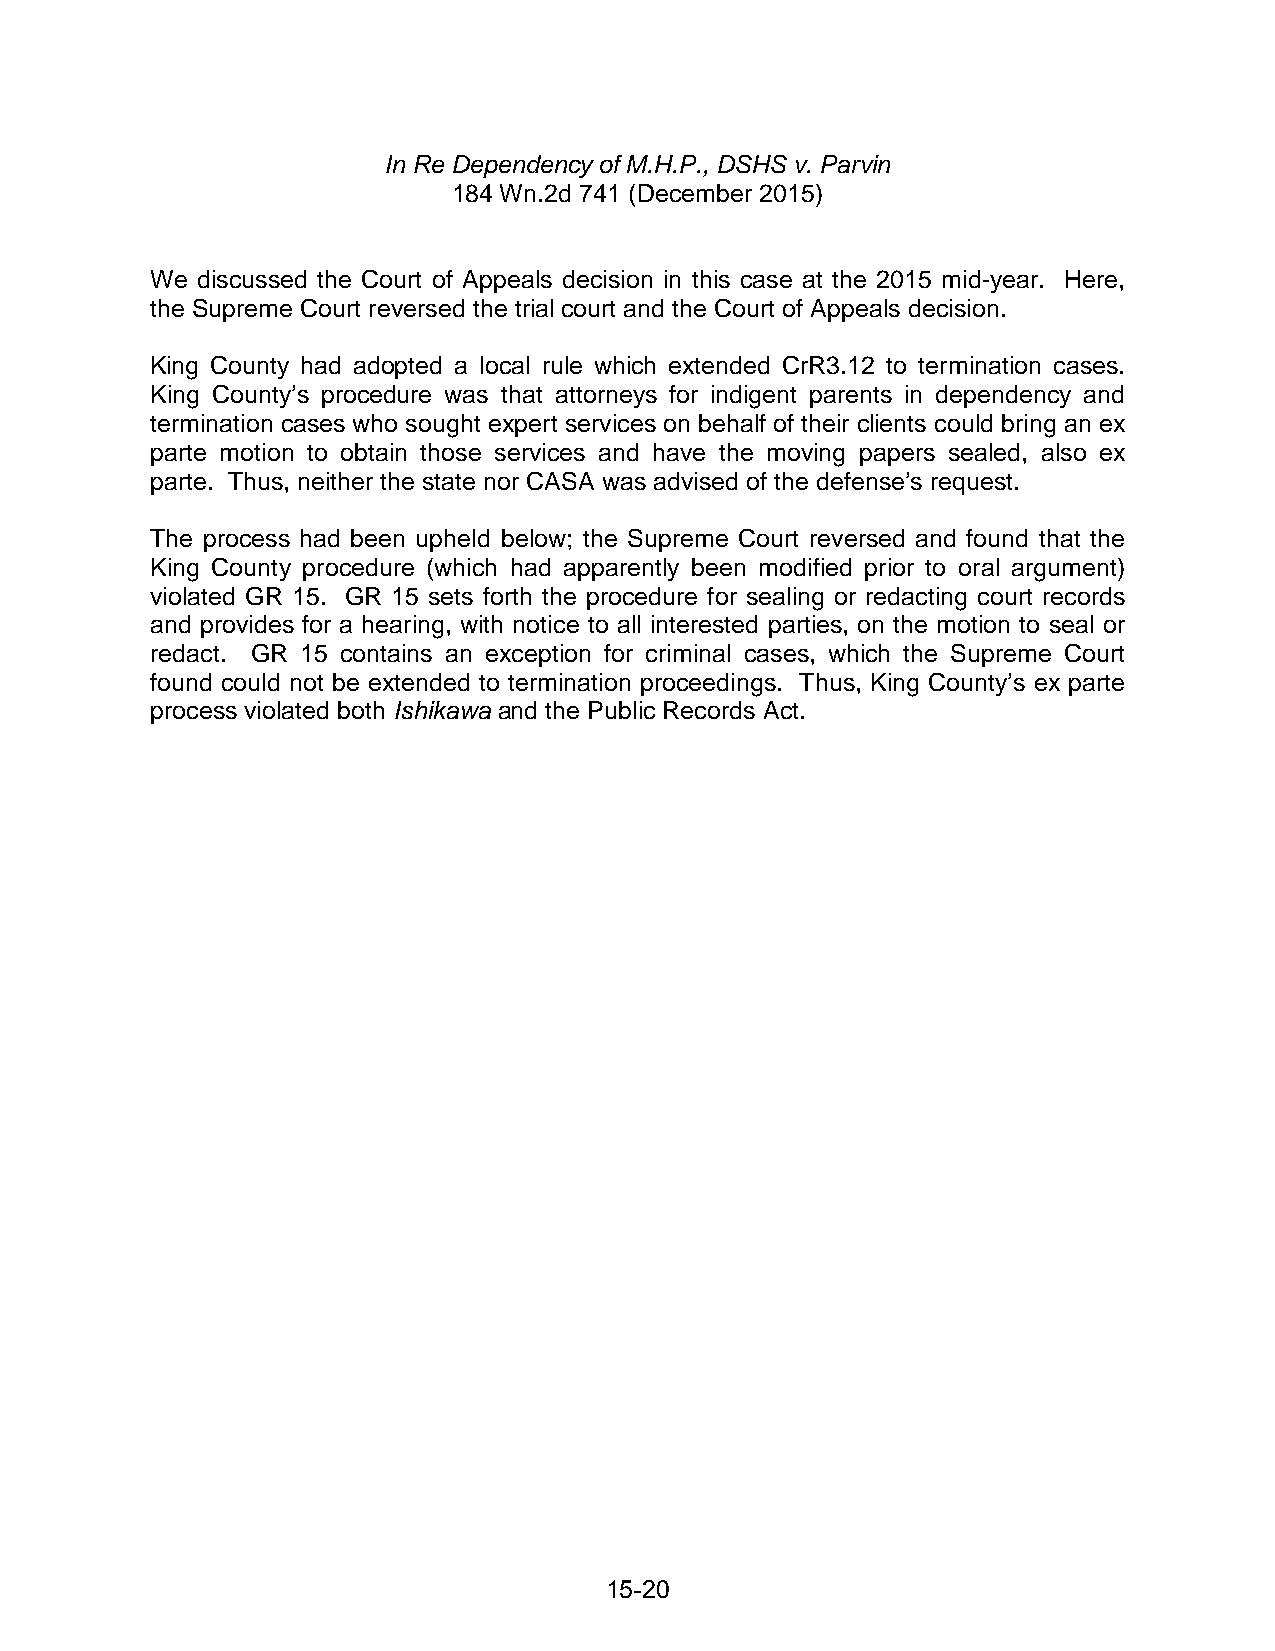
In Re Dependency of M.H.P., DSHS v. Parvin
 184 Wn.2d 741 (December 2015)
 We discussed the Court of Appeals decision in this case at the 2015 mid-year. Here,
 the Supreme Court reversed the trial court and the Court of Appeals decision.
 King County had adopted a local rule which extended CrR3.12 to termination cases.
 King County’s procedure was that attorneys for indigent parents in dependency and
 termination cases who sought expert services on behalf of their clients could bring an ex
 parte motion to obtain those services and have the moving papers sealed, also ex
 parte. Thus, neither the state nor CASA was advised of the defense’s request.
 The process had been upheld below; the Supreme Court reversed and found that the
 King County procedure (which had apparently been modified prior to oral argument)
 violated GR 15. GR 15 sets forth the procedure for sealing or redacting court records
 and provides for a hearing, with notice to all interested parties, on the motion to seal or
 redact. GR 15 contains an exception for criminal cases, which the Supreme Court
 found could not be extended to termination proceedings. Thus, King County’s ex parte
 process violated both Ishikawa and the Public Records Act.
 15-20